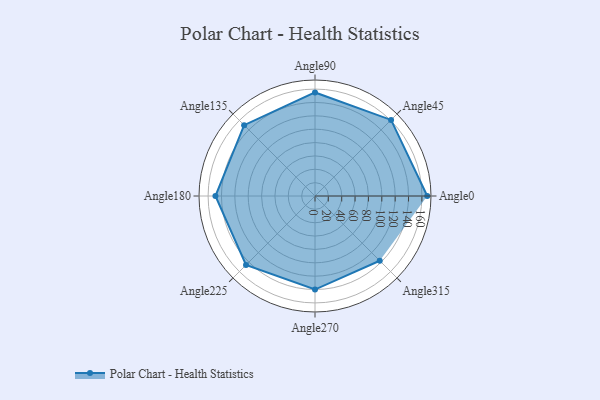
{"axis": {"x": "Angle", "y": "Radius"}, "legend": [""], "data": [{"x": "Angle0", "y": 168.0, "type": ""}, {"x": "Angle45", "y": 161.0, "type": ""}, {"x": "Angle90", "y": 155.0, "type": ""}, {"x": "Angle135", "y": 150.0, "type": ""}, {"x": "Angle180", "y": 149.0, "type": ""}, {"x": "Angle225", "y": 146.0, "type": ""}, {"x": "Angle270", "y": 140.0, "type": ""}, {"x": "Angle315", "y": 137.0, "type": ""}]}